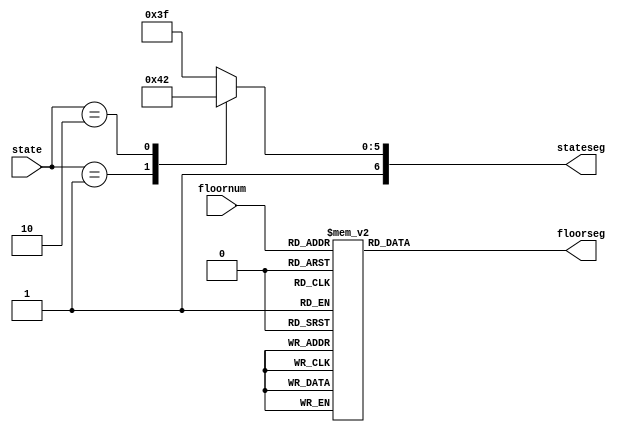
module lights
(
input [2:0] floornum,
input [1:0] state,
output reg [6:0] floorseg,
output reg [6:0] stateseg
);

always @(floornum)begin
   case(floornum)
	3'b000: floorseg<=7'b0000001;//0
	3'b001: floorseg<=7'b1001111;//1 
	3'b010: floorseg<=7'b0010010;//2
	3'b011: floorseg<=7'b0000110;//3
	3'b100: floorseg<=7'b1001100;//4
	3'b101: floorseg<=7'b0100100;//5
	3'b110: floorseg<=7'b0100000;//6
	3'b111: floorseg<=7'b0001111;//7
	default:floorseg<=7'b1111111;//defaults to no lights on
   endcase 
end
always @(state)begin
   case(state)
	2'b01: stateseg<=7'b1000001;//Up
	2'b10: stateseg<=7'b1000010;//down 
	default:stateseg<=7'b1111111;//defaults to no lights on
   endcase 
end
endmodule